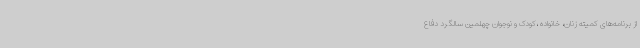
از برنامه‌های کمیته زنان، خانواده ،کودک و نوجوان چهلمین سالگرد دفاع